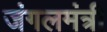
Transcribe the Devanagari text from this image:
जंगलमंत्री